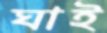
ঘাই